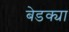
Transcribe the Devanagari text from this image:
बेडक्या